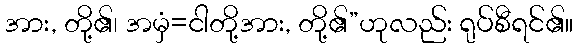
အား, တို့၏၊ အမှံ=ငါတို့အား, တို့၏”ဟုလည်း ရုပ်စီရင်၏။